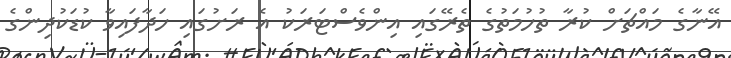
އޭނާގެ މައްޗަށް ކުރާ ތުހުމަތުގެ ތެރޭގައި އިންވެސްޓަރަކު އެ ރަށުގައި ހަދާފައިވާ ކުޑަކުދިންގެ